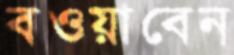
বওয়াবেন